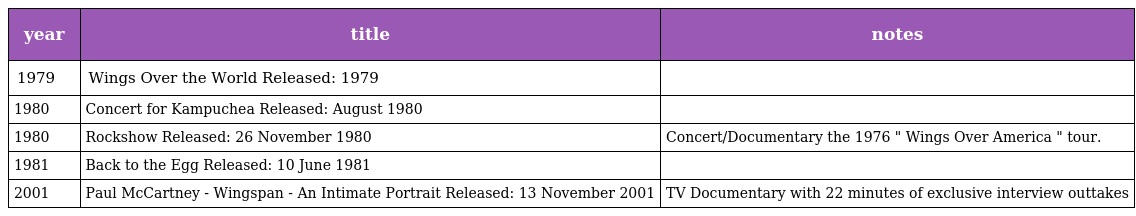
| year | title | notes |
 | --- | --- | --- |
 | 1979 | Wings Over the World Released: 1979 |  |
 | 1980 | Concert for Kampuchea Released: August 1980 |  |
 | 1980 | Rockshow Released: 26 November 1980 | Concert/Documentary the 1976 " Wings Over America " tour. |
 | 1981 | Back to the Egg Released: 10 June 1981 |  |
 | 2001 | Paul McCartney - Wingspan - An Intimate Portrait Released: 13 November 2001 | TV Documentary with 22 minutes of exclusive interview outtakes |